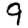
Digit: 9